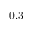
0 . 3